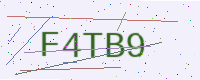
Text: F4TB9